Leaving Certificate Examination (including Day School Certificate (Higher) General paper), 1926
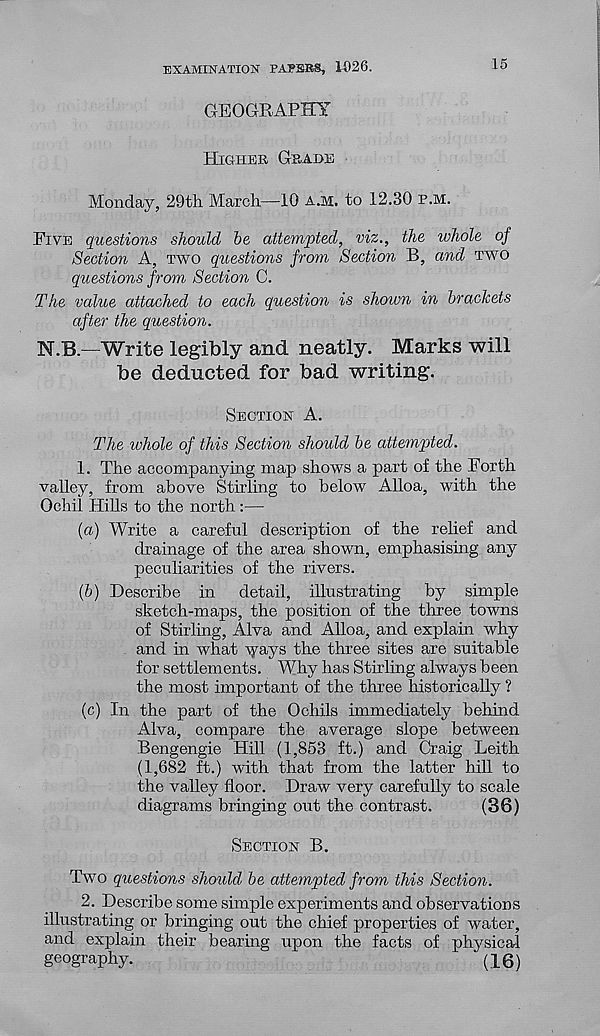
EXAMINATION PAPERS, 1926.
15
HIGHER GRADE
Monday, 29th March—10 A.M. to 12.30 P.M.
FIVE questions should be attempted, viz., the whole of
Section A, TWO questions from Section B, and TWO
questions from Section C.
The value attached to each question is shoivn in brackets
after the question.
N.B.—Write legibly and neatly. Marks will
be deducted for bad writing.
SECTION A.
The whole of this Section should be attempted.
1. The accompanying map shows a part of the Forth
valley, from above Stirling to below Alloa, with the
Ochil Hills to the north :—
(a) Write a careful description of the relief and
drainage of the area shown, emphasising any
peculiarities of the rivers.
(&) Describe in detail, illustrating by simple
sketch-maps, the position of the three towns
of Stirling, Alva and Alloa, and explain why
and in what ways the three sites are suitable
for settlements. Why has Stirling always been
the most important of the three historically ?
(c) In the part of the Ochils immediately behind
Alva, compare the average slope between
Bengengie Hill (1,853 ft.) and Craig Leith
(1,682 ft.) with that from the latter hill to
the valley floor. Draw very carefully to scale
diagrams bringing out the contrast.
(36)
SECTION B.
Two questions should be attempted from this Section.
2. Describe some simple experiments and observations
illustrating or bringing out the chief properties of water,
and explain their bearing upon the facts of physical
geography.
(16)